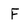
Character: F